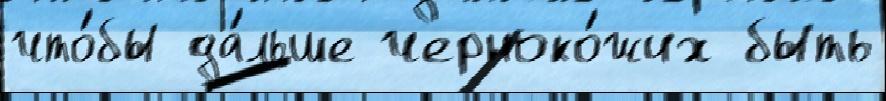
что́бы да́льше черноко́жих быть